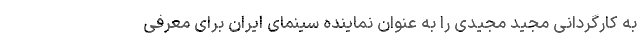
به کارگردانی مجید مجیدی را به عنوان نماینده سینمای ایران برای معرفی